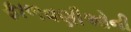
ફાળવણીઓની